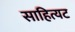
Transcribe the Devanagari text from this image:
साहित्यट